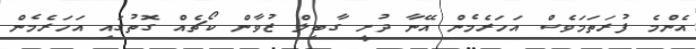
އެންމެ ފުރަތަމަވެސް އަހަރެމެން އޭނާ ދުށީ ގާބިލް ޒުވާން ކޯޗެއް ގޮތުގައި އަހަރެމެން